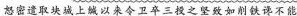
怒密遣取块城上城以来令卫卒三投之坚致如削铁语不能